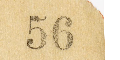
56